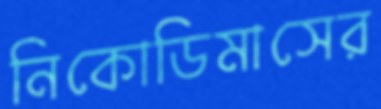
নিকোডিমাসের